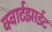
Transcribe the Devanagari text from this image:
क्वार्टझाईट